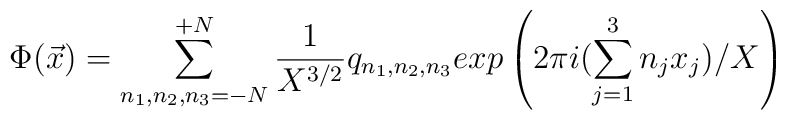
\Phi({\vec x}) = \sum_{n_1,n_2,n_3=-N}^{+N} \frac{1}{X^{3/2}}q_{n_1,n_2,n_3}exp\left(2\pi i (\sum_{j=1}^{3} n_j x_j)/X \right)